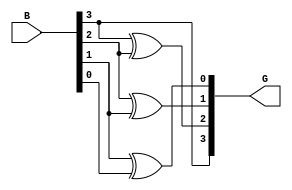
module bin_to_gray_4bit
(input [3:0]B,
output [3:0]G);

assign G[3] = B[3],
	G[2] = B[3]^B[2],
	G[1] = B[2]^B[1],
	G[0] = B[1]^B[0];

endmodule